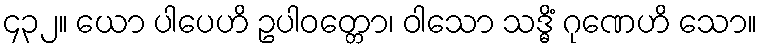
၄၃၂။ ယော ပါပေဟိ ဥပါဝတ္တော၊ ဝါသော သဒ္ဓိံ ဂုဏေဟိ သော။